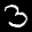
Label: 3